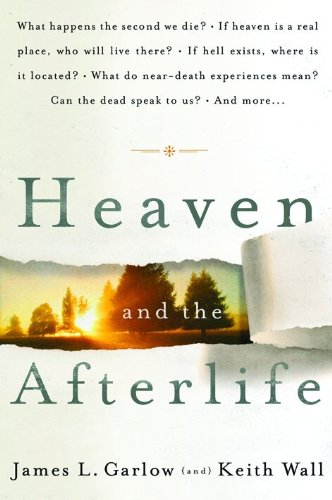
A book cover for Heaven and the Afterlife; James L. Garlow; Christian Books & Bibles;